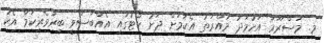
މ. މަސްރޫރާ އަހުމަދު މުއްރަތު އެކަމަށް ދަށު ކޯޓުގައި އެއްބަސްވީ ބިރުވެރިކަމާ އެކު